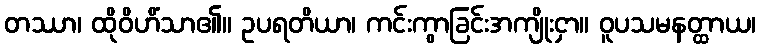
တဿာ၊ ထိုဝိဟိံသာ၏။ ဥပရတိယာ၊ ကင်းကွာခြင်းအကျိုးငှာ။ ဝူပသမနတ္ထာယ၊